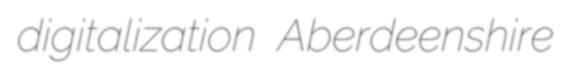
digitalization Aberdeenshire